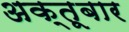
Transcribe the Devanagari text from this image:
अक्तूबार